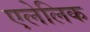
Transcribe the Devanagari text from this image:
एलेलिक